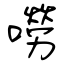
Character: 嘮